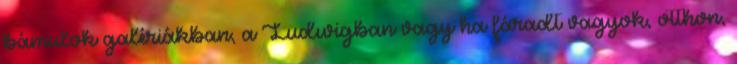
bámulok galériákban, a Ludwigban vagy ha fáradt vagyok, otthon,